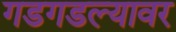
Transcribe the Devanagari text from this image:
गडगडल्यावर